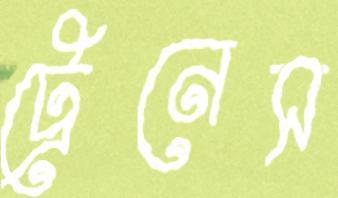
ট্রেনেস